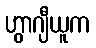
ဟွာဂျီယူက